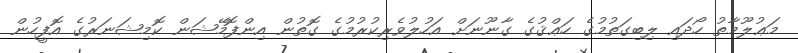
މަޢުލޫމާތު ހޯދައި ލިބިގަތުމުގެ ހަޢްޤުގެ ގާނޫނަށް އަހުލުވެރިކުރުމުގެ ގޮތުން އިންފޮމޭޝަން ކޮމިޝަނަރުގެ އޮފީހުން